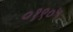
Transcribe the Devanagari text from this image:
०१९०५